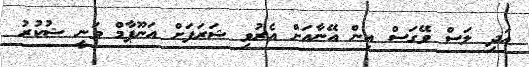
އަދި ލަސް ވޭގަސް އިން އޭނާއަށް އެރުވި ޝަރަފަށް އަނޫޕާމް ވަނީ ޝުކުރު